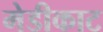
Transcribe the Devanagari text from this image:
मेडीकाट